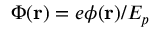
\Phi ( { \bf { r } } ) = e \phi ( { \bf { r } } ) / E _ { p }